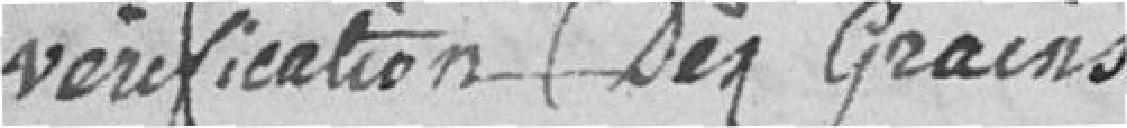
vérification des grains